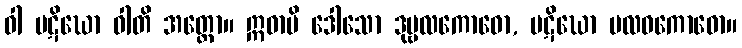
ဝါ ပဋိဃော ဝါတိ အတ္ထော။ ဣဓာပိ ဒေါသော ဒုဗ္ဗလကောဓော, ပဋိဃော ဗလဝကောဓော။